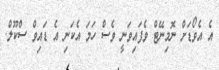
އެ އެވޯޑަށް ނޮމިނޭޓް ވެފައިވަނީ ވެސް ހަމަ އެކަނި އެ ޑައިވް ސްކޫލް.